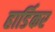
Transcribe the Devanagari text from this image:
हार्डिकर